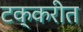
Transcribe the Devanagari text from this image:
टक्करीत